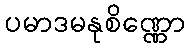
ပမာဒမနုစိဏ္ဏော